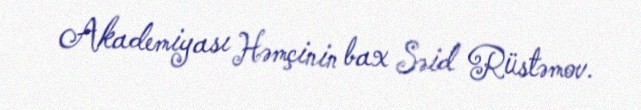
Akademiyası Həmçinin bax Səid Rüstəmov.